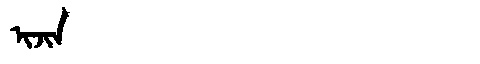
Manchu: ᡳᠵᡳᠨ
Romanization: IJIN